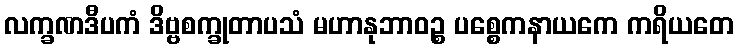
လက္ခဏဒီပကံ ဒိဗ္ဗစက္ခုတာပသံ မဟာနုဘာဝဉ္စ ပစ္စေကနာယကေ ကရိယတေ